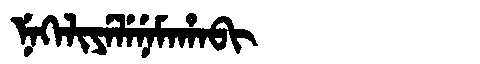
Manchu: ᠨᡝᡴᡝᠯᡳᠶᡝᠯᡝᠨᡝᠮᠠᡥᠠᠪᡳ
Romanization: NEKELIYELENEMAHABI